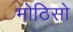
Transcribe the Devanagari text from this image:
मोठिसो